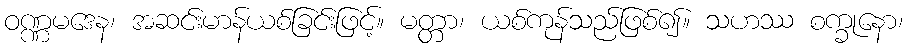
ဝဏ္ဏမဒေန၊ အဆင်းမာန်ယစ်ခြင်းဖြင့်။ မတ္တာ၊ ယစ်ကုန်သည်ဖြစ်၍။ သဟဿ စက္ခုနော၊